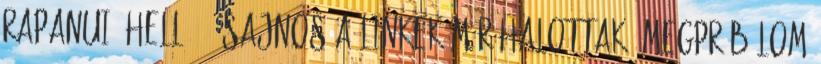
rapanui: Helló :- Sajnos a linkek már halottak. Megpróbálom